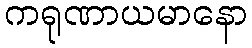
ကရုဏာယမာနော